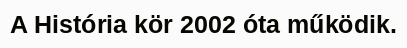
A História kör 2002 óta működik.